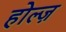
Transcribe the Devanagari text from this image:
होल्ज़